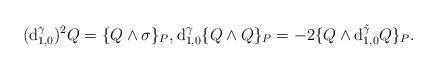
LaTeX: \begin{gather*} (\mathrm{d}_{1,0}^{\gamma})^{2}Q=\{Q\wedge\sigma\}_{P}, \mathrm{d}_{1,0}^{\gamma}\{Q\wedge Q\}_{P}= -2\{Q\wedge \mathrm{d}_{1,0}^{\tilde{\gamma}}Q\}_{P}.\end{gather*}